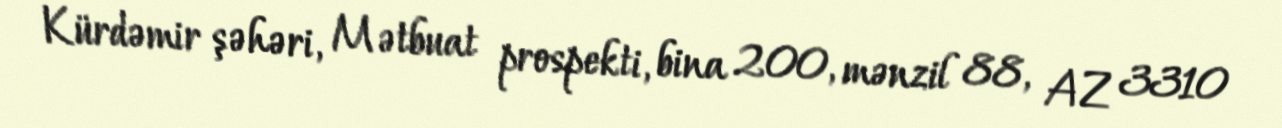
Kürdəmir şəhəri, Mətbuat prospekti, bina 200, mənzil 88, AZ 3310